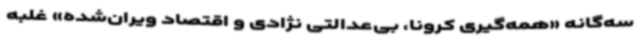
سه‌گانه «همه‌گیری کرونا، بی‌عدالتی نژادی و اقتصاد ویران‌شده» غلبه